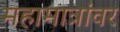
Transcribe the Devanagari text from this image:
महामात्रांवर